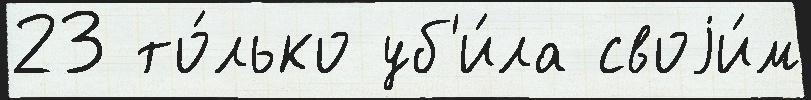
23 то́лько уб'и́ла своjи́м